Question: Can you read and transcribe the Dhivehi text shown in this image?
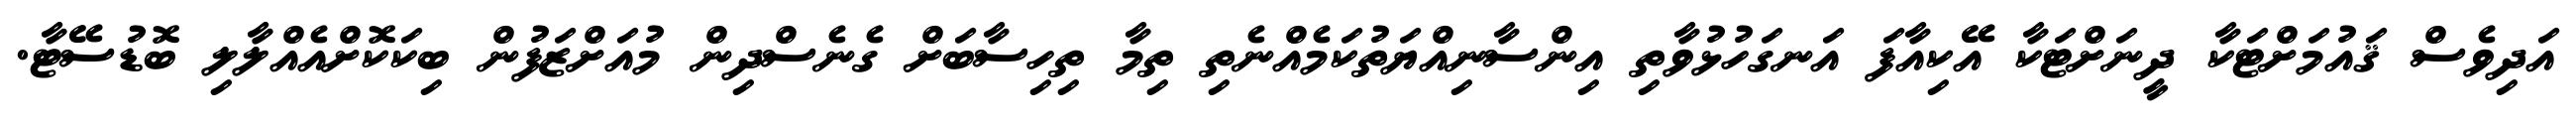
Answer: އަދިވެސް ޤައުމަށްޓަކާ ދީނަށްޓަކާ އޭކިއާފަ އަނގަހުޅުވާތި އިންސާނިއްޔަތުކަމެއްނެތި ތިމާ ތިހިސާބަށް ގެނެސްދިން މުއަށްޒަފުން ބިކަކޮށްއެއްލާލި ބޮޑުސޭޓާ.